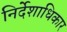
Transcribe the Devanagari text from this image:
निर्देशाधिकार